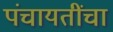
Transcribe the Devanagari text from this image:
पंचायतींचा